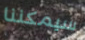
سيمكننا